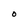
Character: O